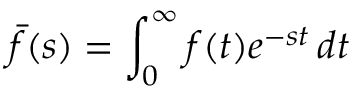
{ \bar { f } } ( s ) = \int _ { 0 } ^ { \infty } f ( t ) e ^ { - s t } \, d t